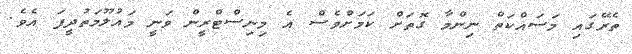
ތެރޭގައި މަސައްކަތް ނިންމާ ގޮތަށް ކަމަށްވެސް އެ މިނިސްޓްރީން ވަނީ މައުލޫމަތުދީފަ އެވެ.